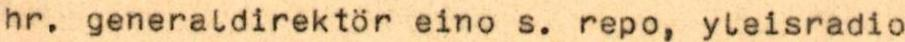
hr. generaldirektör eino s. repo, yleisradio